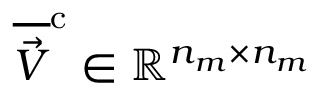
\overline { { \vec { V } } } ^ { \mathrm { c } } \in \mathbb { R } ^ { n _ { m } \times n _ { m } }